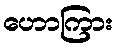
ဟောကြား